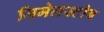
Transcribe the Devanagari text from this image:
जिमेलस्टोब